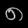
Digit: ၈